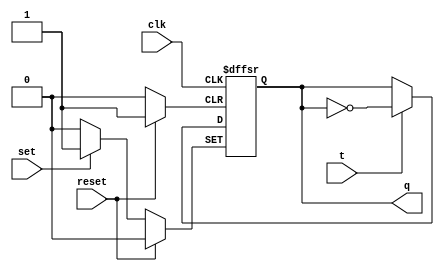
module t_flip_flop (
    input t,
    input set,
    input reset,
    input clk,
    output reg q
);

always @(posedge clk, posedge set, posedge reset) begin
    if (set) begin
        q <= 1'b1;
    end else if (reset) begin
        q <= 1'b0;
    end else if (t) begin
        q <= ~q;
    end
end

endmodule